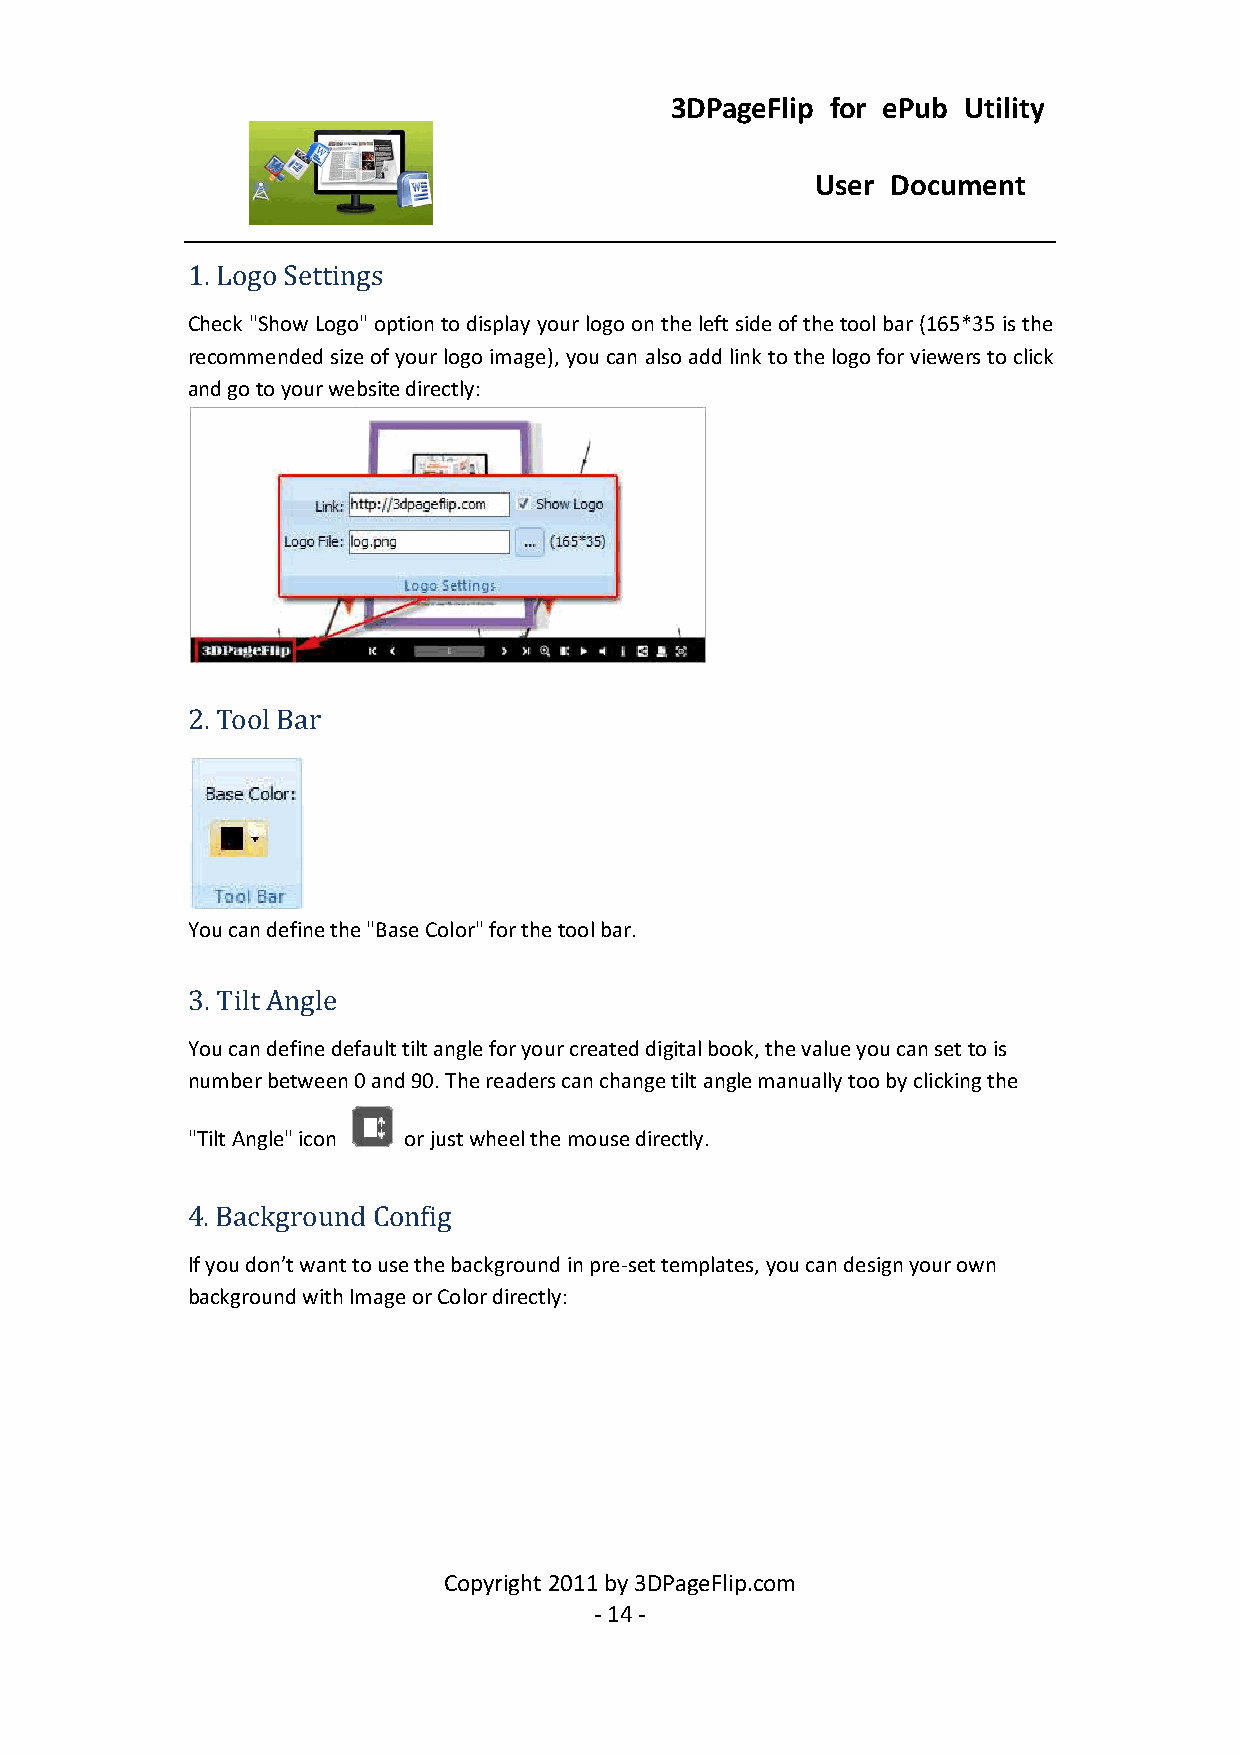
3DPageFlip for ePub Utility
 User Document
 1. Logo Settings
 Check "Show Logo" option to display your logo on the left side of the tool bar (165*35 is the
 recommended size of your logo image), you can also add link to the logo for viewers to click
 and go to your website directly:
 2. Tool Bar
 You can define the "Base Color" for the tool bar.
 3. Tilt Angle
 You can define default tilt angle for your created digital book, the value you can set to is
 number between 0 and 90. The readers can change tilt angle manually too by clicking the
 "Tilt Angle" icon or just wheel the mouse directly.
 4. Background Config
 If you don’t want to use the background in pre-set templates, you can design your own
 background with Image or Color directly:
 Copyright 2011 by 3DPageFlip.com
 - 14 -